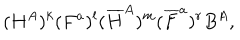
( H ^ { A } ) ^ { k } ( F ^ { a } ) ^ { l } ( { \overline { { H } } } ^ { A } ) ^ { m } ( { \overline { { F } } } ^ { a } ) ^ { r } B ^ { A } ,